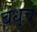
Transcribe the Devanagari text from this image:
बंधुचे